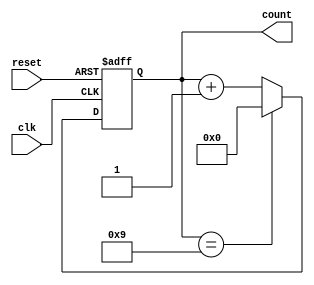
module decade_counter (
    input wire clk,        // Clock signal
    input wire reset,      // Asynchronous reset signal
    output reg [3:0] count // 4-bit output for the count
);

// Always block triggered on the rising edge of the clock or reset
always @(posedge clk or posedge reset) begin
    if (reset) begin
        count <= 4'b0000; // Reset the count to 0
    end else begin
        if (count == 4'b1001) begin
            count <= 4'b0000; // Reset to 0 when count reaches 10 (binary 1010)
        end else begin
            count <= count + 1; // Increment the count
        end
    end
end

endmodule